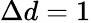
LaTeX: \Delta d=1